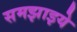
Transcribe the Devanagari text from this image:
समझाइये